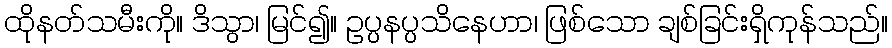
ထိုနတ်သမီးကို။ ဒိသွာ၊ မြင်၍။ ဥပ္ပနပ္ပသိနေဟာ၊ ဖြစ်သော ချစ်ခြင်းရှိကုန်သည်။